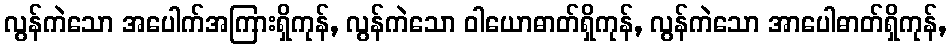
လွန်ကဲသော အပေါက်အကြားရှိကုန်, လွန်ကဲသော ဝါယောဓာတ်ရှိကုန်, လွန်ကဲသော အာပေါဓာတ်ရှိကုန်,